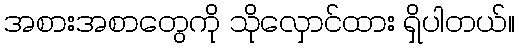
အစားအစာတွေကို သိုလှောင်ထား ရှိပါတယ်။